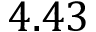
4 . 4 3